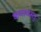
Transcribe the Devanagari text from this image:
कथावस्‍तु